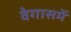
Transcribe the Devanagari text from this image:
वेगासमें